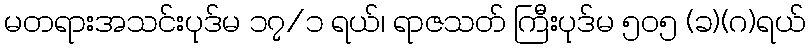
မတရားအသင်းပုဒ်မ ၁၇/၁ ရယ်၊ ရာဇသတ် ကြီးပုဒ်မ ၅၀၅ (ခ)(ဂ)ရယ်